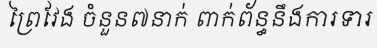
ព្រៃវែង ចំនួន៧នាក់ ពាក់ព័ន្ធនឹងការទារ